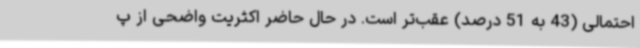
احتمالی (43 به 51 درصد) عقب‌تر است. در حال حاضر اکثریت واضحی از پ